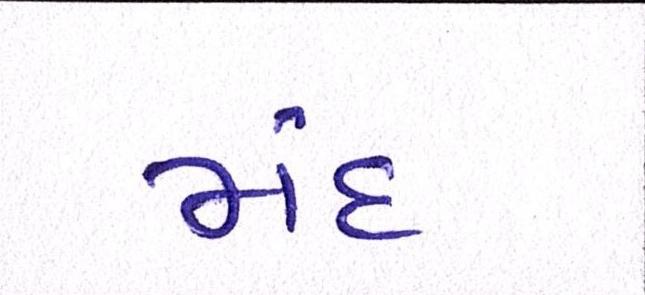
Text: મંદ